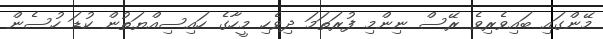
މޭންގައި ބައިވެރިވެ ރޭސް ނިންމި ފުރަތަމަ ދިވެހި މީހާގެ ހައިސިއްޔަތުން ކުޑަ ހުސެން